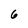
Character: 6